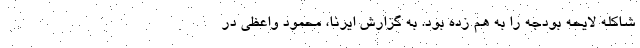
شاکله لایحه بودجه را به هم زده بود. به گزارش ایرنا، محمود واعظی در